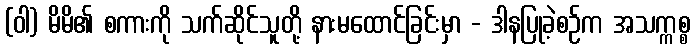
(ဝါ) မိမိ၏ စကားကို သက်ဆိုင်သူတို့ နားမထောင်ခြင်းမှာ - ဒါနပြုခဲ့စဉ်က အသက္ကစ္စ